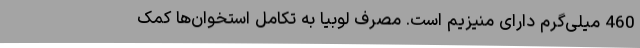
460 میلی‌گرم دارای منیزیم است. مصرف لوبیا به تکامل استخوان‌ها کمک